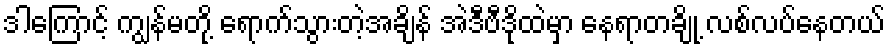
ဒါကြောင့် ကျွန်မတို့ ရောက်သွားတဲ့အချိန် အဲဒီဗီဒိုထဲမှာ နေရာတချို့ လစ်လပ်နေတယ်